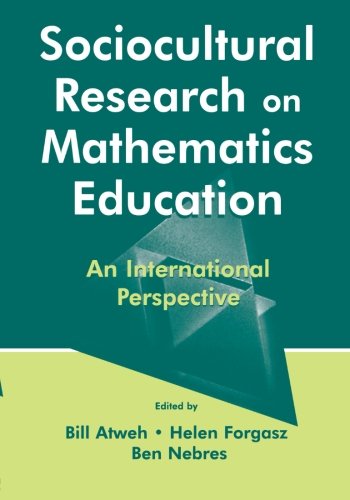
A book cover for Sociocultural Research on Mathematics Education: An International Perspective; Science & Math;